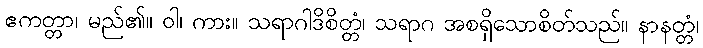
ဧကတ္တာ၊ မည်၏။ ဝါ၊ ကား။ သရာဂါဒိစိတ္တံ၊ သရာဂ အစရှိသောစိတ်သည်။ နာနတ္တံ၊